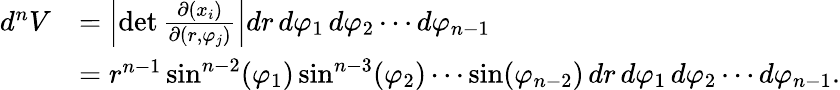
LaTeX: {\begin{array}{rl}{d^{n}V}&{=\left|\operatorname*{det}{\frac{\partial(x_{i})}{\partial\left(r,\varphi_{j}\right)}}\right|dr\, d\varphi_{1}\, d\varphi_{2}\cdots d\varphi_{n-1}}\\ &{=r^{n-1}\sin^{n-2}(\varphi_{1})\sin^{n-3}(\varphi_{2})\cdots\sin(\varphi_{n-2})\, dr\, d\varphi_{1}\, d\varphi_{2}\cdots d\varphi_{n-1}.}\end{array}}